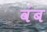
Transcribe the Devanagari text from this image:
वंब